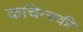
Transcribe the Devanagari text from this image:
कचिन्स्की